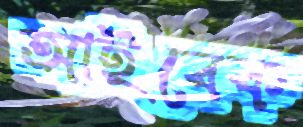
আইবেক